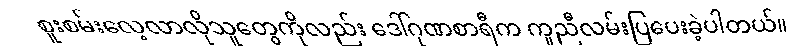
စူးစမ်းလေ့လာလိုသူတွေကိုလည်း ဒေါ်ဂုဏစာရီက ကူညီလမ်းပြပေးခဲ့ပါတယ်။